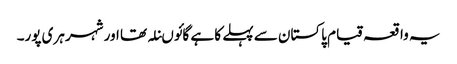
یہ واقعہ قیام پاکستان سے پہلے کا ہے گائوںنلہ تھا اور شہر ہری پور۔